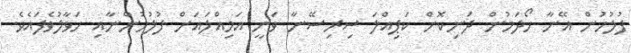
ފުލުހުން އޭނާ ހޯދަމުން ދަނިކޮށް ކަޕިއްލަ ސިރިސޭނާ ވަނީ އަމިއްލައަށް ފުލުހުންނާއި ހަވާލުވެފައެވެ.